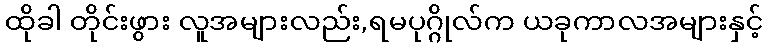
ထိုခါ တိုင်းဖွား လူအများလည်း,ရမပုဂ္ဂိုလ်က ယခုကာလအများနှင့်